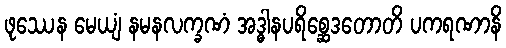
ဖုဿေန မေယျံ နမနလက္ခဏံ အဒ္ဓါနပရိစ္ဆေဒတောတိ ပကရဏာနိ